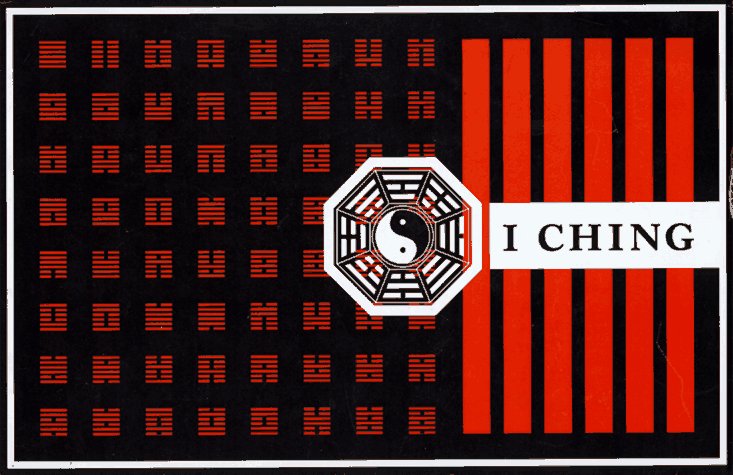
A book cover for I Ching; Frits Blok; Religion & Spirituality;